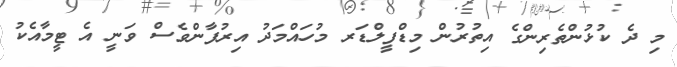
މި ދެ ކުޅުންތެރިންގެ އިތުރުން މިޑްފީލްޑަރ މުހައްމަދު އިރުފާންވެސް ވަނީ އެ ޓީމާއެކު